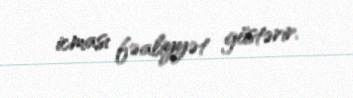
icması fəaliyyət göstərir.